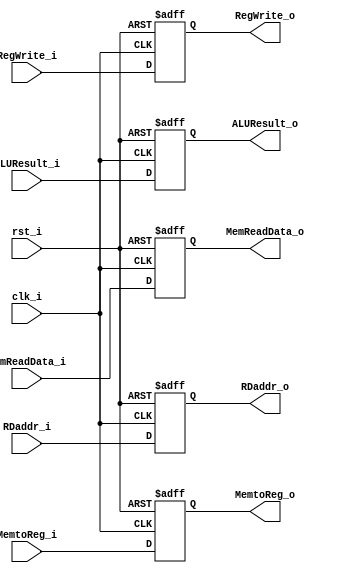
module MEM_WB(
    clk_i, 
    rst_i, 
    RegWrite_i, 
    MemtoReg_i, 
    ALUResult_i, 
    MemReadData_i, 
    RDaddr_i, 
    RegWrite_o, 
    MemtoReg_o, 
    ALUResult_o, 
    MemReadData_o, 
    RDaddr_o
);

input clk_i;
input rst_i;
input RegWrite_i;
input MemtoReg_i;
input [31:0] ALUResult_i;
input [31:0] MemReadData_i;
input [4:0] RDaddr_i;
output RegWrite_o;
output MemtoReg_o;
output [31:0] ALUResult_o;
output [31:0] MemReadData_o;
output [4:0] RDaddr_o;

reg RegWrite_o;
reg MemtoReg_o;
reg [31:0] ALUResult_o;
reg [31:0] MemReadData_o;
reg [4:0] RDaddr_o;

always@(posedge clk_i or negedge rst_i) begin
    if(~rst_i) begin
        RegWrite_o <= 0;
        MemtoReg_o <= 0;
        ALUResult_o <= 32'b0;
        MemReadData_o <= 32'b0;
        RDaddr_o <= 5'b0;
    end else begin 
        RegWrite_o <= RegWrite_i;
        MemtoReg_o <= MemtoReg_i;
        ALUResult_o <= ALUResult_i;
        MemReadData_o <= MemReadData_i;
        RDaddr_o <= RDaddr_i;
    end
end

endmodule